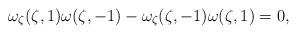
LaTeX: \begin{align*} \omega_\zeta(\zeta,1)\omega(\zeta, -1)-\omega_\zeta(\zeta,-1)\omega(\zeta, 1)=0, \end{align*}